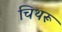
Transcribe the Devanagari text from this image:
चिथरू